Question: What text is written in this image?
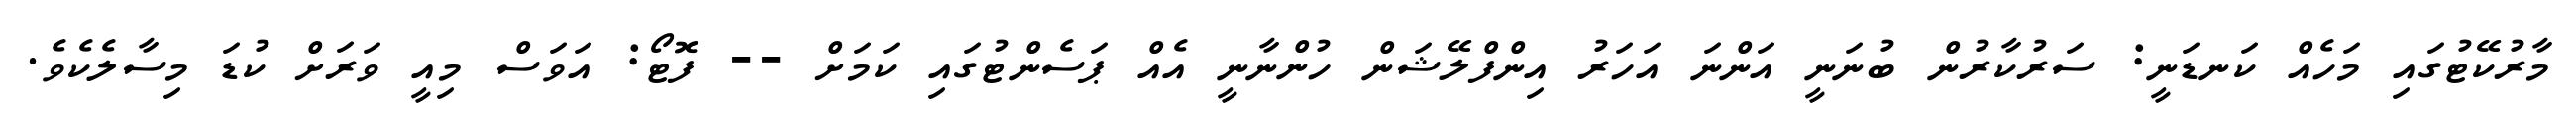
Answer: މާރުކޭޓުގައި މަހެއް ކަނޑަނީ: ސަރުކާރުން ބުނަނީ އަންނަ އަހަރު އިންފްލޭޝަން ހުންނާނީ އެއް ޕަސެންޓުގައި ކަމަށް -- ފޮޓޯ: އަވަސް މިއީ ވަރަށް ކުޑަ މިސާލެކެވެ.